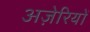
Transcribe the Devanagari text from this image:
अज़ेरियों